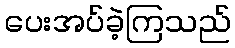
ပေးအပ်ခဲ့ကြသည်